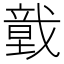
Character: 𢨀